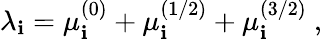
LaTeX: \lambda_{\mathbf{i}}=\mu_{\mathbf{i}}^{(0)}+\mu_{\mathbf{i}}^{(1/2)}+\mu_{\mathbf{i}}^{(3/2)}\ ,